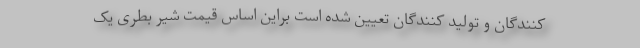
کنندگان و تولید کنندگان تعیین شده است براین اساس قیمت شیر بطری یک